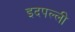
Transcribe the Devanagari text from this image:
इदपल्ली